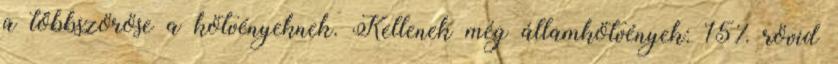
a többszöröse a kötvényeknek. Kellenek még államkötvények: 15% rövid